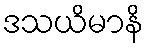
ဒသယိမာနိ